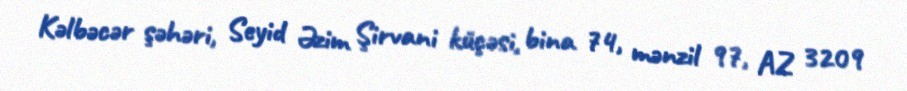
Kəlbəcər şəhəri, Seyid Əzim Şirvani küçəsi, bina 74, mənzil 97, AZ 3209